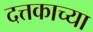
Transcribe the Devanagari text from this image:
दत्तकाच्या